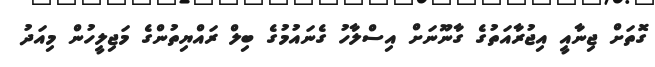
ގޮތަށް ޖިނާއީ އިޖުރާއަތުގެ ގާނޫނަށް އިސްލާހު ގެނައުމުގެ ބިލް ރައްޔިތުންގެ މަޖިލީހުން މިއަދު